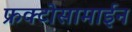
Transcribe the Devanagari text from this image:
फ्रक्टोसामाईन